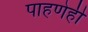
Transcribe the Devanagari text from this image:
पाहणेही